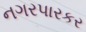
નગરપારકર